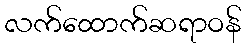
လက်ထောက်ဆရာဝန်